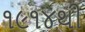
૧૯૧૪થી